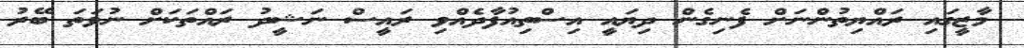
މާޒީގައި ރައްޔިތުންނަށް ފެނިގެން ދިޔައީ އިސްތިއުފާދެއްވި ރައީސް ނަޝީދު ރައްތަކަށް ނުވަތަ ބޭރު